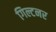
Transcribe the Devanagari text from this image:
गिल्टनर